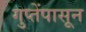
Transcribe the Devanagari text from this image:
गुप्तेंपासून